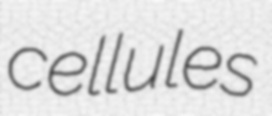
cellules